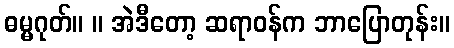
ဓမ္မဂုတ်။ ။ အဲဒီတော့ ဆရာဝန်က ဘာပြောတုန်း။